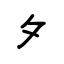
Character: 夕